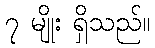
၇ မျိုး ရှိသည်။